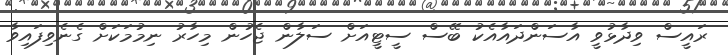
ރައީސް ވިދާޅުވީ އާސަންދައާއެކު ބޭސް ސީޓީއަށް ސަލާން ޖެހުން މިހާރު ނިމުމަކަށް ގެނެވިފައިވާ